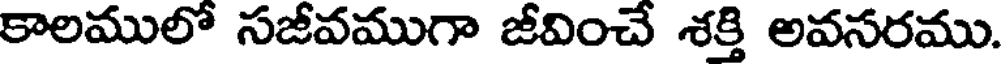
కాలములో సజీవముగా జీవించే శక్తి అవసరము.